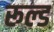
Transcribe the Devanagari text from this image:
रूल्ड